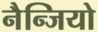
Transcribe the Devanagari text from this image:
नैन्जियो